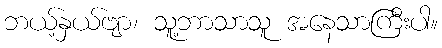
ဘယ့်နှယ်ဗျာ၊ သူ့ဘာသာသူ အနေသာကြီးပါ။